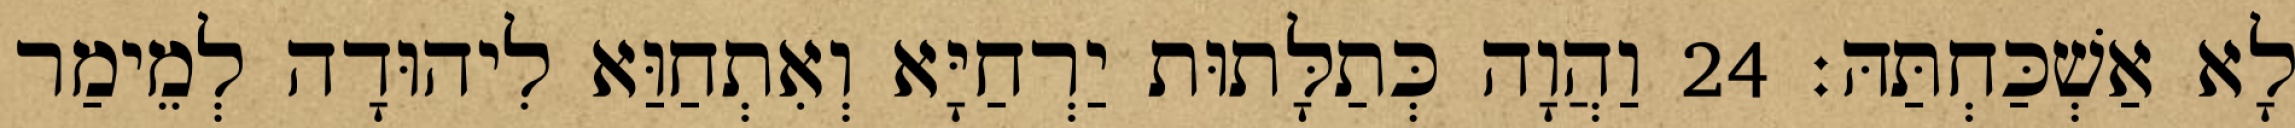
לָא אַשְׁכַּחְתַּהּ׃ 24 וַהֲוָה כְּתַלָּתוּת יַרְחַיָּא וְאִתְחַוַּא לִיהוּדָה לְמֵימַר